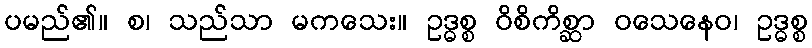
ပမည်၏။ စ၊ သည်သာ မကသေး။ ဥဒ္ဓစ္စ ဝိစိကိစ္ဆာ ဝသေနေဝ၊ ဥဒ္ဓစ္စ